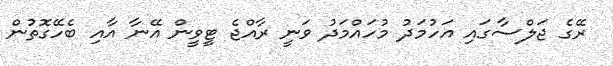
ރޭގެ ޖަލްސާގައި އަހުމަދު މުހައްމަދު ވަނީ ރާއްޖެ ޓީވީން އޭނާ އާއި ބެހޭގޮތުން